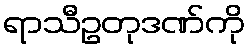
ရာသီဥတုဒဏ်ကို